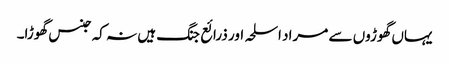
یہاں گھوڑوں سے مراد اسلحہ اور ذرائع جنگ ہیں نہ کہ جنس گھوڑا۔